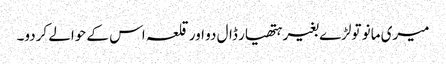
میری مانو تولڑے بغیر ہتھیار ڈال دو اور قلعہ اس کے حوالے کردو۔